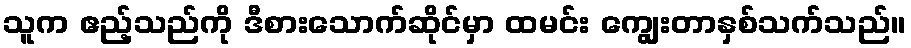
သူက ဧည့်သည်ကို ဒီစားသောက်ဆိုင်မှာ ထမင်း ကျွေးတာနှစ်သက်သည်။